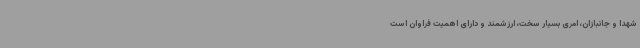
شهدا و جانبازان، امری بسیار سخت، ارزشمند و دارای اهمیت فراوان است